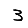
Digit: 3